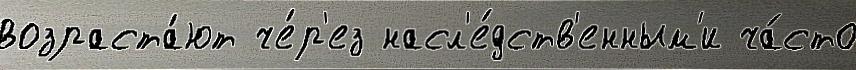
возраста́ют че́р'ез насл'е́дств'енным'и ча́сто